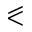
\eqslantless